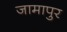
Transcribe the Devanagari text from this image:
जामापुर